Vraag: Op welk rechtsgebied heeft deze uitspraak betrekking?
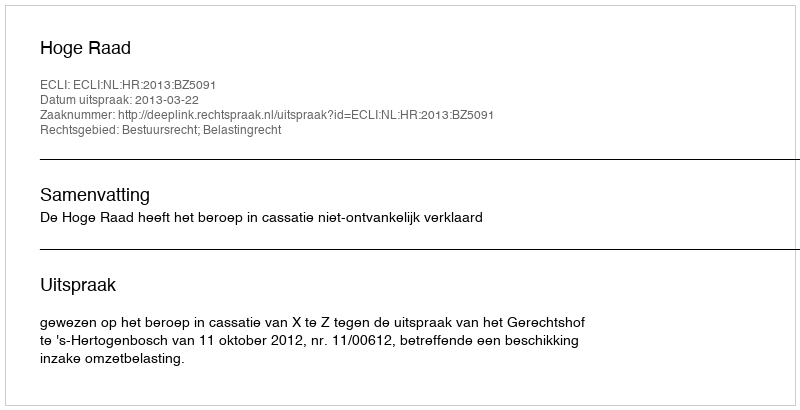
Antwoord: Bestuursrecht; Belastingrecht